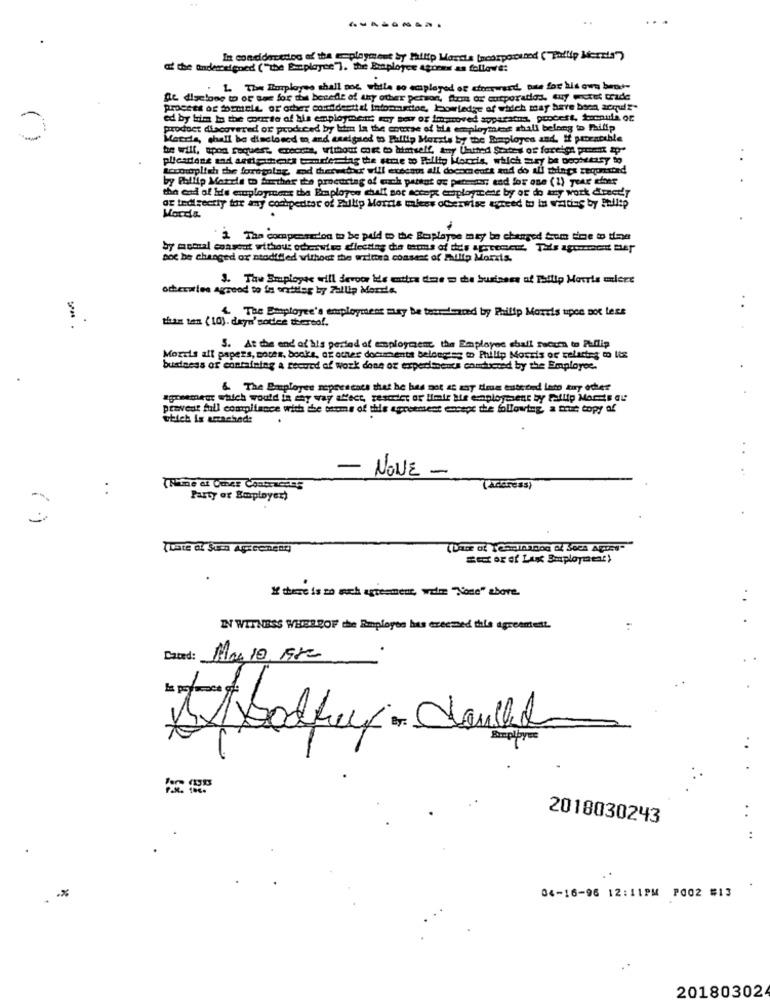
..
.........
In condidoredoo of the deployment by Philip Marche Incorporated ("Philip Morris")
the anderssigned ("the Employee"). the Employee agones as follows:
1. The Employee shall not ville so employed of eresword, one for his own beat-
De digelone to or see for di benede of thy other person, form or' cutporadios. uy wexet trade
process or formele or other cordidertid infoonados, bowledge of which may have been acqui?"
ed by kim Is the course of his employment way sew og improved apparatus, procest, Auchula or
product discovered or produced by him la the course of ble employment shall belong to Phillip
Meccs, shall be disclosed to and assigned to Fallip Morris by the Employee and. If pencatible
he will, upon request. creoche, vinou of w himself, kny United States of foreign por 2p"
plicadiese and artiestents tomelerias the stre wo Pullip Morris, which may be ooohtury to
wczoraplish the foregoing, and then-eber will euseat all documents and do all things zeqontord
by Philip Morris to further the proeurtag of euch pattat oe peter end for one (1) year efter
the end of his employment the Employee chalf not accept employment by or do any work diet'y
az tedisectiy for any cochperitar of Philip Morris mlees oCerwise agreed to in wanting by Philip
Mords.
` 2 Tha compeeredon to be paid to the Bosplayee may be changed tom time to time
poc be changed or stodffled without the waitera constat of Philip Morris.
3. The Employee will Sevoor the entire done w the business of Tailip Morris miert
4. The Employee's employment may be tem fered by Philip Morris upce not less
y" .
this ten ( 10). daya'soder thereof.
5. At the end of his period of employment the Employee shall Faccen to Philip
Morris all papers, soces, books, at other documents belonging to Philip Morris or telartes mo Its
business or containing a record of work done of experiments conducted by the Employee.
& The Employee represents that he has not as may time tuttiend loto kay ocher
agreement which would in any way affect, gescilet or Himie tte employment by falltp Marts au
prevent full commitance with de broms of this agreement encape the following, a truut copy of
-
NONE
:
(Adoress)
Party or Employer)
If there is no such agreement, walme "None" zbore.
IN WITNESS WHEREOF the Employee has execmed this agreement.
Dated: Mac 10, 198-
2018030243
. . %
04-16-96 12:11PM P002 #13
20180302